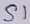
Text: S1